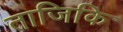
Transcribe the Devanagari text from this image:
ताजिकि